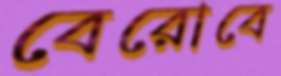
বেরোবে